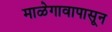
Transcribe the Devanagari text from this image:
माळेगावापासून